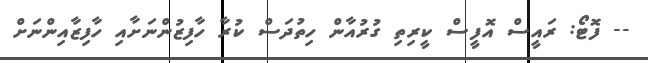
-- ފޮޓޯ: ރައީސް އޮފީސް ކީރިތި ގުރުއާން ހިތުދަސް ކުރާ ހާފިޒުންނަށާއި ހާފިޒާއިންނަށް